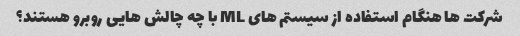
شرکت ها هنگام استفاده از سیستم های ML با چه چالش هایی روبرو هستند؟